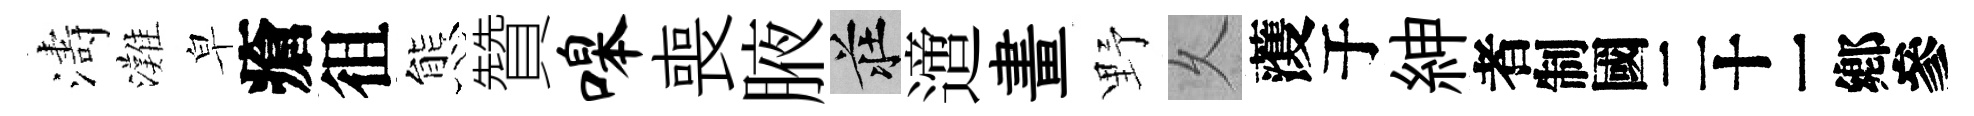
濤灘皁瘡徂態贊嗥喪腋莊𨗁畫野乆𮑮于紳识